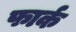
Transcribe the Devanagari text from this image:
फार्क